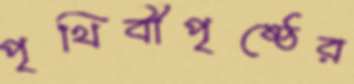
পৃথিবীপৃষ্ঠের